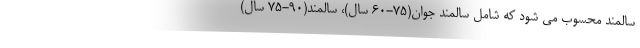
سالمند محسوب می شود که شامل سالمند جوان(۷۵-۶۰ سال)، سالمند(۹۰-۷۵ سال)